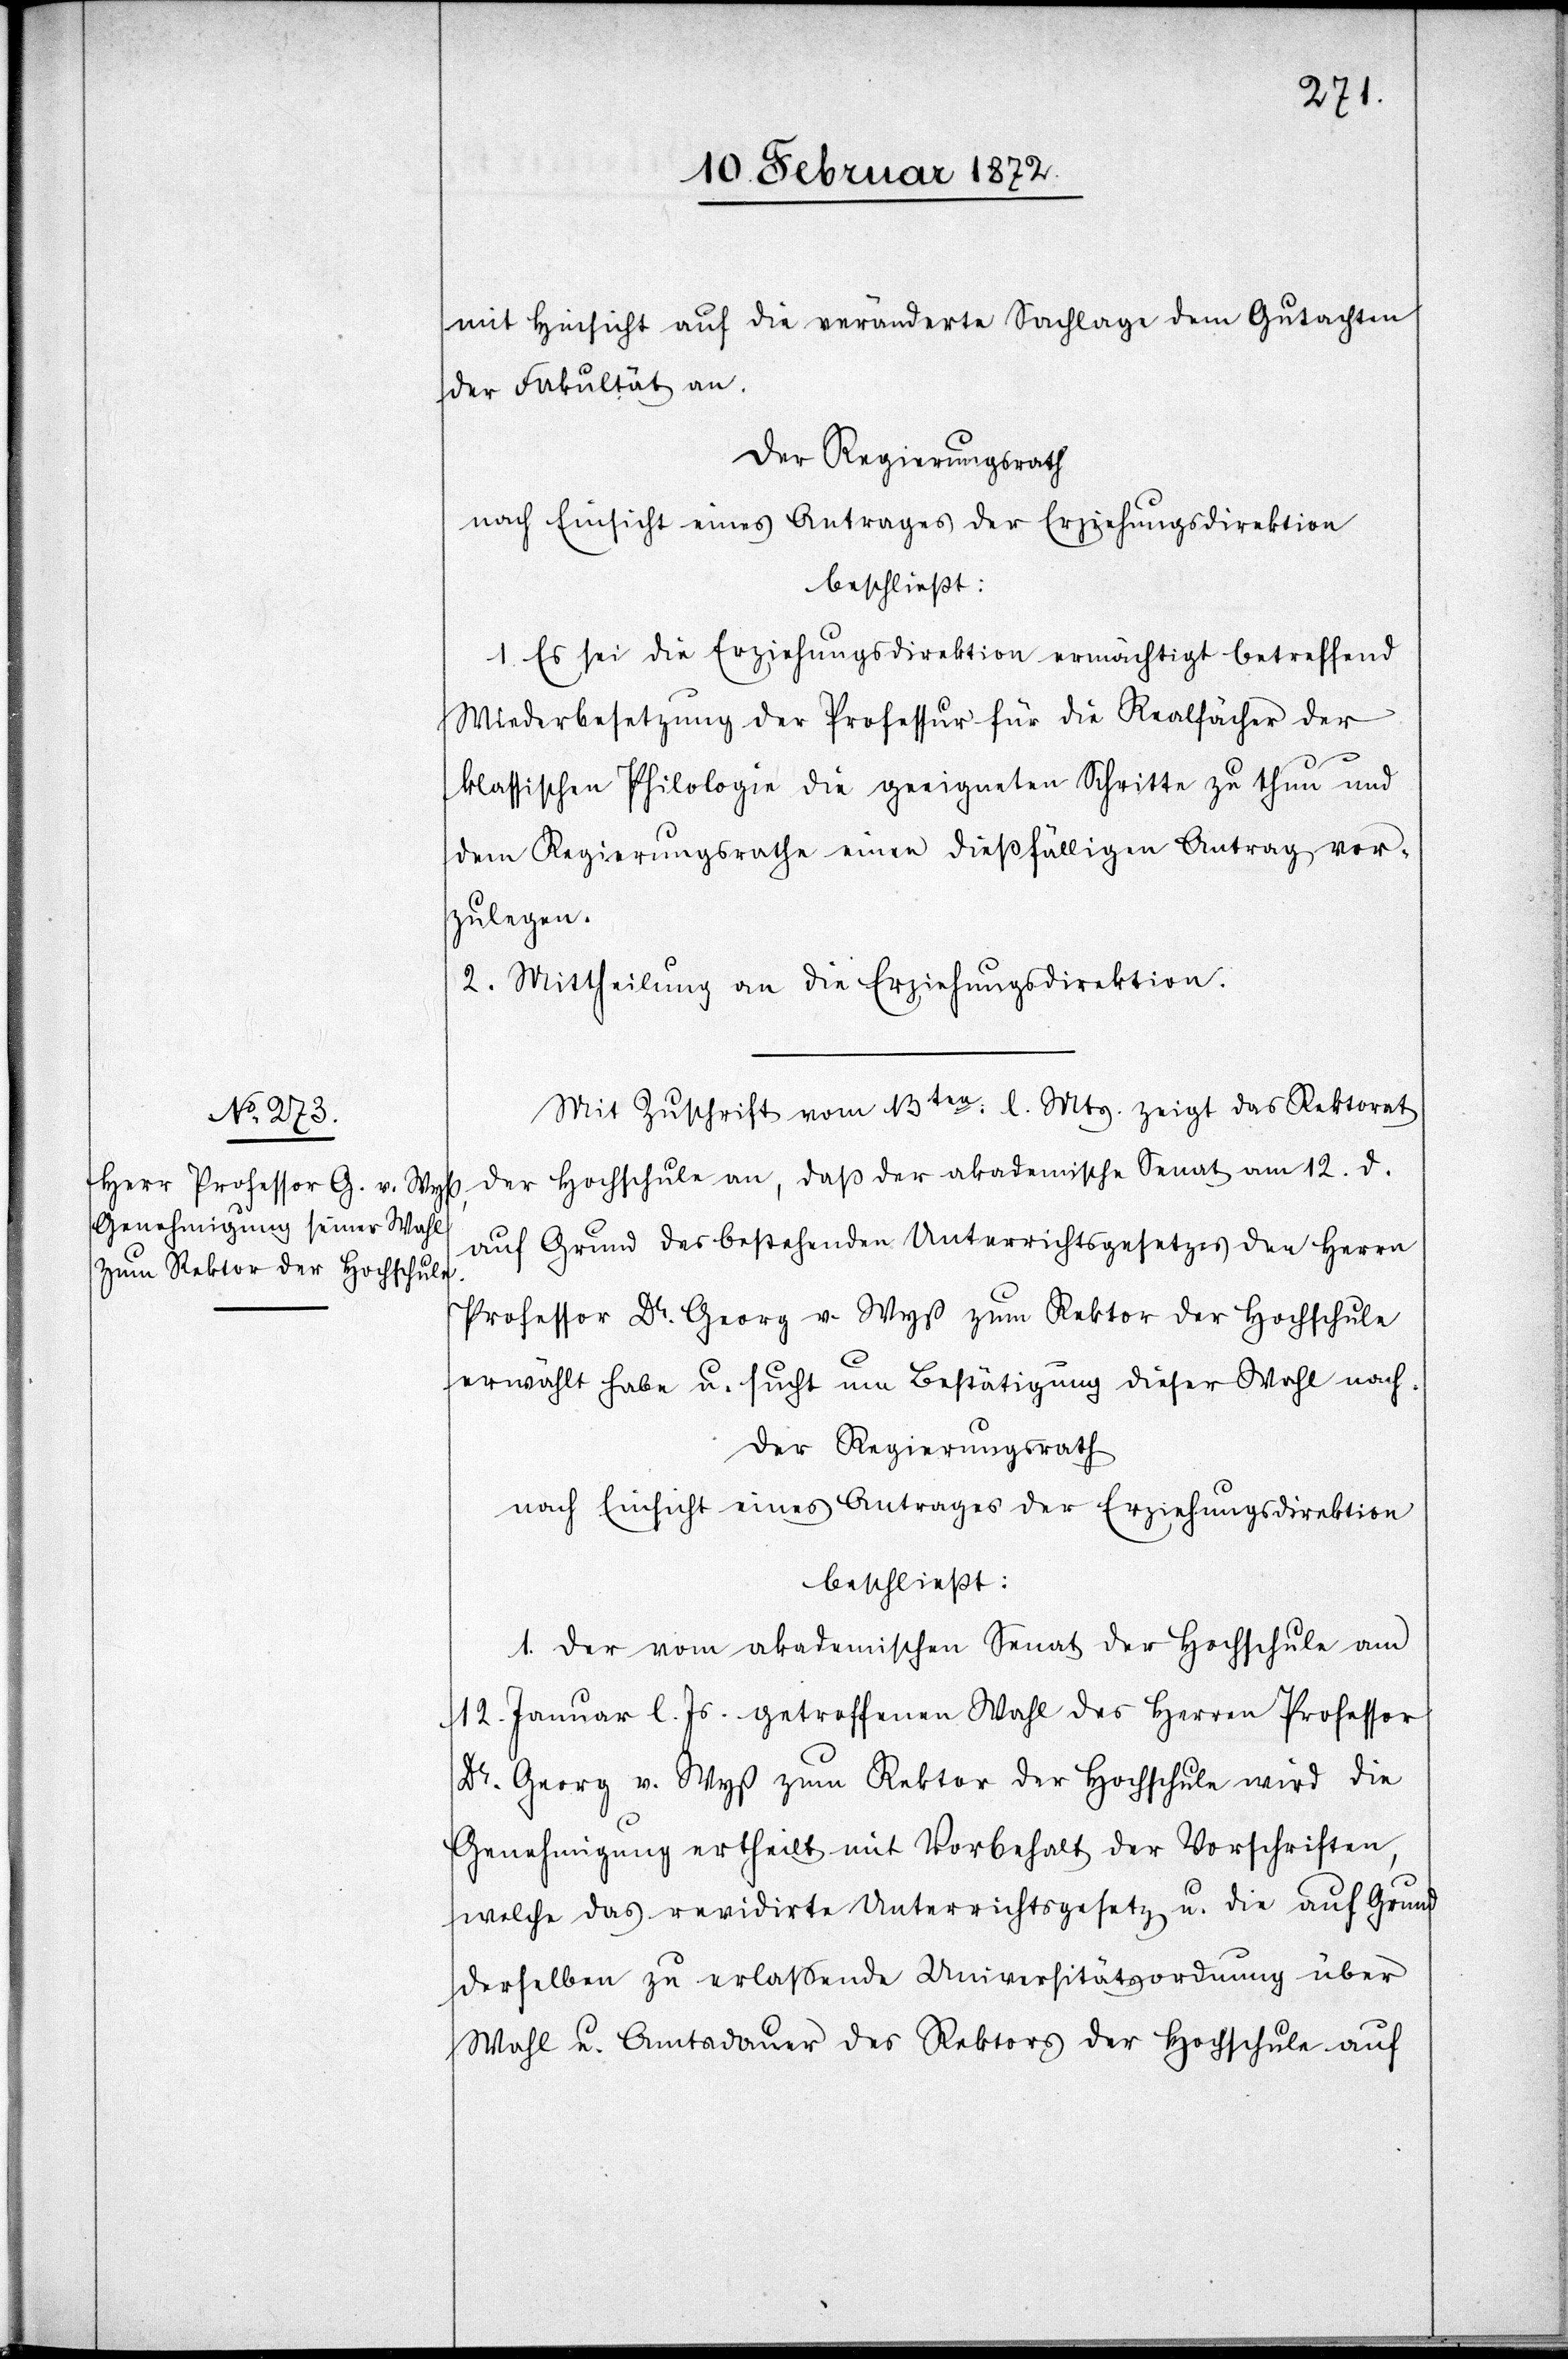
mit Hinsicht auf die veränderte Sachlage dem Gutachten
der Fakultät an.
Der Regierungsrath
nach Einsicht eines Antrages der Erziehungsdirektion
beschließt:
1. Es sei die Erziehungsdirektion ermächtigt betreffend
Wiederbesetzung der Professur für die Realfächer der
klassischen Philologie die geeigneten Schritte zu thun und
dem Regierungsrathe einen dießfälligen Antrag vor¬
zulegen.
2. Mittheilung an die Erziehungsdirektion.
Mit Zuschrift vom 13ten l. Mts. zeigt das Rektorat
der Hochschule an, daß der akademische Senat am 12. d.
auf Grund des bestehenden Unterrichtsgesetzes den Herren
Professor Dr. Georg v. Wyß zum Rektor der Hochschule
erwählt habe u. sucht um Bestätigung dieser Wahl nach.
Der Regierungsrath
nach Einsicht eines Antrages der Erziehungsdirektion
beschließt:
1. Der vom akademischen Senat der Hochschule am
12. Januar l. Js. getroffene Wahl des Herren Professor
Dr. Georg v. Wyß zum Rektor der Hochschule wird die
Genehmigung ertheilt mit Vorbehalt der Vorschriften,
welche das revidirte Unterrichtsgesetz u. die auf Grund
derselben zu erlassende Universitätsordnung über
Wahl u. Amtsdauer des Rektors der Hochschule auf